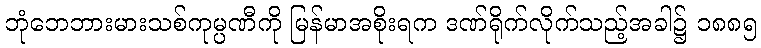
ဘုံဘေဘားမားသစ်ကုမ္ပဏီကို မြန်မာအစိုးရက ဒဏ်ရိုက်လိုက်သည့်အခါ၌ ၁၈၈၅